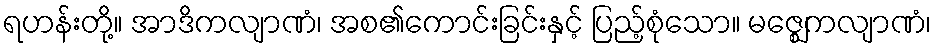
ရဟန်းတို့။ အာဒိကလျာဏံ၊ အစ၏ကောင်းခြင်းနှင့် ပြည့်စုံသော။ မဇ္ဈေကလျာဏံ၊